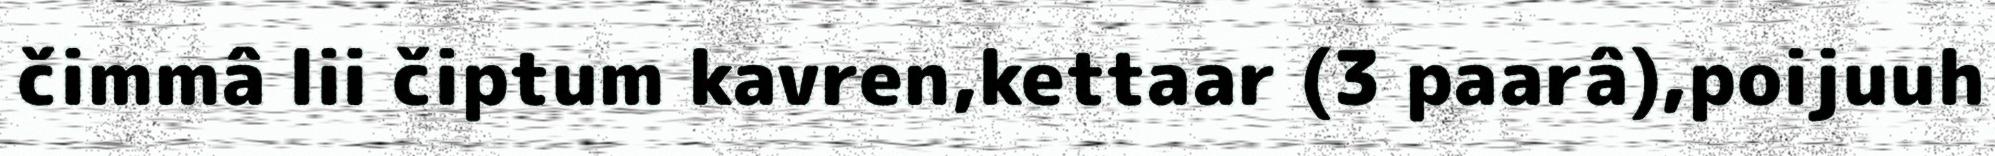
čimmâ lii čiptum kavren,kettaar (3 paarâ),poijuuh